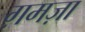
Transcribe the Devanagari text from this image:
ग़मज़ा